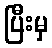
ပြီးမှ